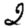
Digit: 2